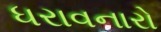
ધરાવનારો